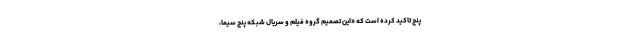
پنج تاکید کرده است که «این تصمیم گروه فیلم و سریال شبکه پنج سیما،